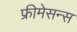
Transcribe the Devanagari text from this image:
फ्रीमेसन्स